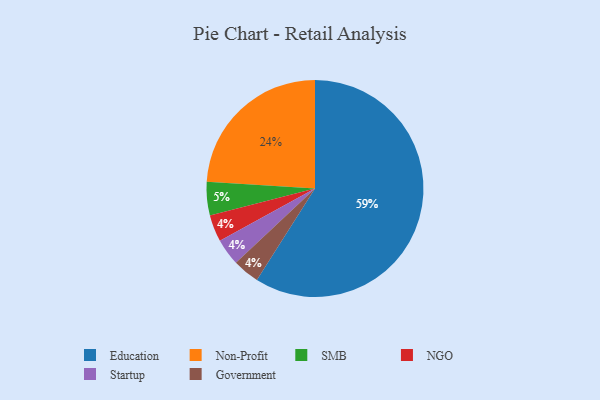
{"axis": {"x": "Category", "y": "Percentage"}, "legend": ["Education", "Government", "NGO", "Non-Profit", "SMB", "Startup"], "data": [{"x": "NGO", "y": 4, "type": "NGO"}, {"x": "SMB", "y": 5, "type": "SMB"}, {"x": "Education", "y": 59, "type": "Education"}, {"x": "Startup", "y": 4, "type": "Startup"}, {"x": "Government", "y": 4, "type": "Government"}, {"x": "Non-Profit", "y": 24, "type": "Non-Profit"}]}